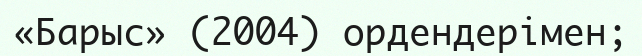
«Барыс» (2004) ордендерімен;